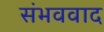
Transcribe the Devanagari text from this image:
संभववाद